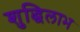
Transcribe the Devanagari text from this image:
शुद्धिलाभ